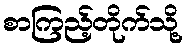
စာကြည့်တိုက်သို့